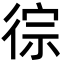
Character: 徖